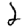
Digit: 2